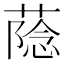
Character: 𮐶